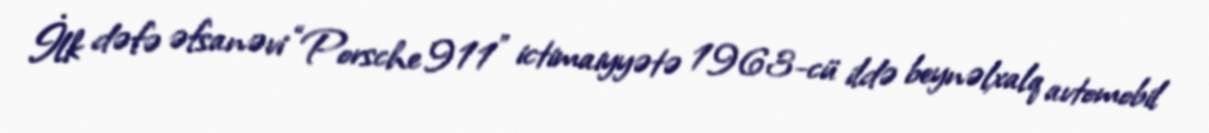
İlk dəfə əfsanəvi “Porsche 911” ictimaiyyətə 1963-cü ildə beynəlxalq avtomobil